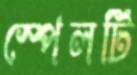
স্পেলটি